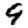
Digit: 9